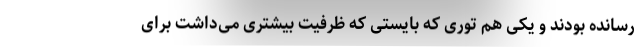
رسانده بودند و یکی هم توری که بایستی که ظرفیت بیشتری می‌داشت برای